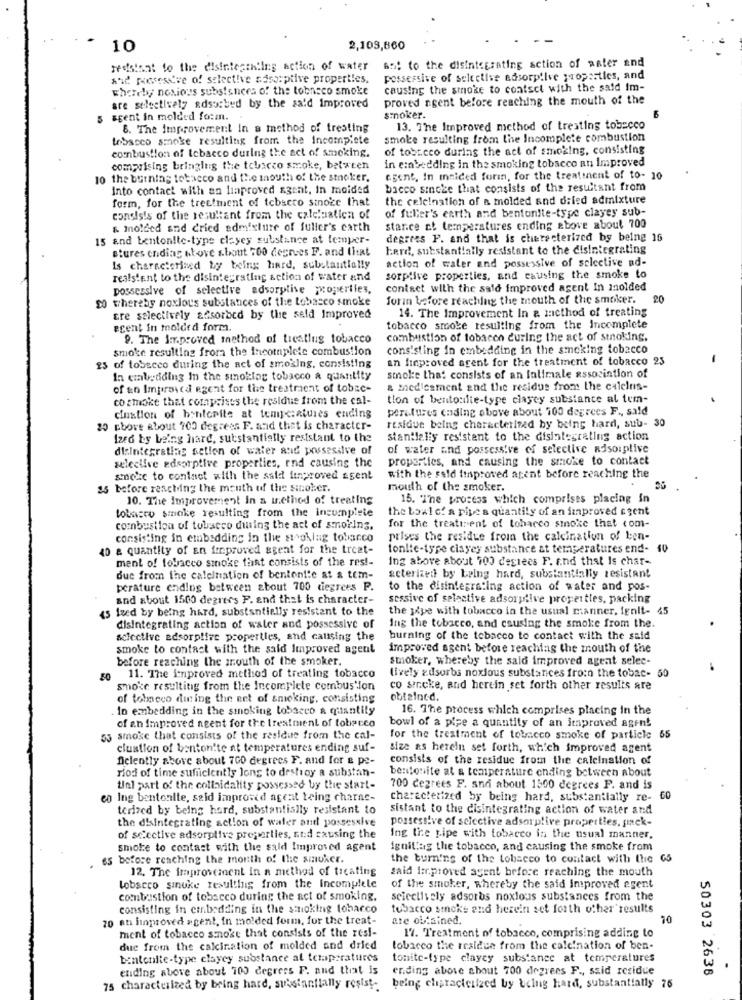
10
2,109,660
restant to the disiniestning action of water
6:1 to the disintegrating action of water and
and possessive of selective assouplive properties.
possessive of selectise adsorplive properties, and
whereby noxious substances of the tobacco smoke
causing the smoke to coatsct with the said Im-
are selectively adsorbed by the sa'd improved
proved ngent before reaching the mouth of the
5 agent in molded form.
snoker.
8. The Improvement In a method of treating
13. The Improved method of treating tobacco
tobacco smoke resulting from the Incomplete
smoke resulting from the Incomplete combustion
combustion of Iebacco during the act of smoking.
of tobr.cco during the act of smoking, consisting
in embedding in the smoking tobacco an improved
comprising bringing the tobacco smoke, between
10 the burning tobacco and the mouth of the stoker.
egent, In mnided forin, for the treatment of to- 10
into contact with an liaproved agent, in moided
bacco sinote that consists of the resultant from
form, for the treatment of tobacco stnote that
the celeination of a molded and dried admixture
of fuller's earth and bentonite-type clayey sub-
consists of the resultant from the cale!nation of
& molded and dried edmixture of fuller's earth
starce ct temperatures ending above about 700
15 and bentonite-type clayey substance at ternper-
degrees F. and that is cheracterized by being 16
stures ending stove shout 700 degrees F. and that
here, substantially resistant to the disintegrating
action of water and possessive of selective ad-
Is characterized by being hard, substantially
resistent to the disintegrating action of water and
sorptive properties, and causing the smoke to
possessive of selective adsorptive properties,
contact with the said improved agent In molded
20 thereby noxlou's substances of the tobacco smoke
forin before reaching the mouth of the smoker.
20
14. The Improvement In & method of treating
tre selectively adsorbed by the seld Improved
ecent in molded form.
tobacco smoke resulting from the Incomplete
9. The Improved method of ticatlug tobacco
combustion of tobacco during the act of smoking.
smoke resulting froma the incomplete combustion
consisting in embedding in the smoking tobacco
en finproved arent for the treatment of tobacco 23
25 of tobacco during the act of smoking, consisting
In embedding In the smoking tobacco a quantity
smoke that consists of an falimale association of
of un Improved egent for the treatment of tobac-
& medicament and the residus from the calelris-
co smoke that comprises the residue from the cal-
tion of bentoulie-type clayey substance al tum-
perelures ending above about 700 degrees F ., said
cination of binferite at temperatures ending
20 Ebore about 700 degrees F. and that is character-
residue being characterized by being hard, sub- 30
Ized by being hard, substantially resistant to the
standlally resistent to the disintegrating action
disIntegrating action of water and possesive of
of water and possessive of selective Risoiplive
seleclive adsorptive properties, end causing the
properties, and causing the smoke to contact
smoke to contact with the said linproved agent
with the said improved agent before reaching the
25 before reaching the month of the sinoker.
mouth of the smoker.
10. The Improvement In a trethod of treating
15. The process which comprises placing in
tobacco smake resulting from the incumplete
the bowl of a pipee a quantity of an improved agent
combustion of tobacco during the act of smoking,
for the treatirent of tobacco smoke that com-
consisting in embedding in the stroking tobacco
prises the residue froin the calcination of ken-
40 a quantity of an improved agent for the treat-
tonite-type clayer substance at temperatures end- 10
ment of tobacco smoke tant consists of the res !-
Ing above about 700 desiees F. and that Is char-
due from the calelnation of bentonite at a tem-
acterized by being hard, substantially resistant
perature ending between about 700 degrees P.
to the disintegrating action of water and pos-
and about 1500 degrees F. and that is character-
sessive of selective adsorpilve properties, packing
15 ized by being hard, substantially resistant to the
the jye with tobacco in the usual manner, fenit- 45
disintegrating action of water and possessive of
Ing the tobacco, and causing the smole from the.
selective adsorptive properties, and causing the
burning of the tobacco to contact with the said
smoke to contact with the said Improved agent
improved agent before reaching the mouth of the
before reaching the south of the smoker.
smoker, whereby the sald improved agent selec-
50 11. The inproved method of treating tobacco
lively adsorbs noxious substances froin the tobac- 50
smoke resulting from the Incomplete combustion
co sieke, and herein set forth other results are
of tobacco during the eet of smoking, consisting
obtained.
. In embedding in the smoking tobacco a quantity
16. The process which comprises placing in the
of an improved agent for the treatment of tobacco
bowl of a pipe a quantity of an improved agent
55 smoke that consists of the residue from the cal-
for the treatment of tobacco smoke of particle 55
cluation of benton'te at temperatures ending suf-
size as herein set forth, which improved agent
ficiently above about 700 degrees F. and for e pe-
consists of the residue from the caleination of
riod of time sufficiently long to destroy a substan-
bentonite at a temperature ending between about
tal part of the colloidality possessed by the start-
700 degrees F. sna about 1500 degrees F. and is
en Ing bentonite, said improved ageat teing charne-
characterized by being hard, substantially re- 60
terized by being hard, substantially resistant to
sistant to the disintegrating action of water and
the disintegrating action of water antl possessive
possessive of selective adsorplive properties, pack-
of selective adsorptive properties, and causing the
Ing the pipe with tobacco in the usual manner,
smoke to contact with the sald Improved agent
ignillag the tobacco, and causing the smoke from
es before reaching the month of the smoker.
the burning of the tobacco to contact with the G5
12. The improvement in a method of treating
said fer.proved agent before reaching the mouth
tobacco smoke resultlig from the Incomplele
of the smoker, whereby the said improved agent
combustion of tobacco during the act of smoking.
selectively adsorbs noxious substances from the
consisting in embedding in the smoking tobacco
tobacco smoke and herein set forth other results
20 an improved agent, in molded form, for the treat-
are obtained.
70
ment of tobacco smoke that consists of the resi-
17. Treatment of tobacco, comprising adding to
due from the calcination of molded and dried
tobacco the residue from the cale!nation of ben-
bentonite-type clayey substance al temperatures
tonite-type clayey substance at temperatures
eliding above about 700 degrees F. and that is
ending above shout 700 degrees F ., said residue
50303 2638
75 characterized by being hard, substantially resist-
being characterized by being hard, substantially 76